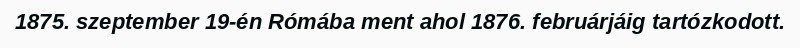
1875. szeptember 19-én Rómába ment ahol 1876. februárjáig tartózkodott.